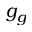
g _ { g }